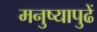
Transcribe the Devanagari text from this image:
मनुष्यापुढें